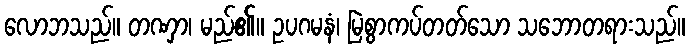
လောဘသည်။ တဏှာ၊ မည်၏။ ဥပဂမနံ၊ မြဲစွာကပ်တတ်သော သဘောတရားသည်။